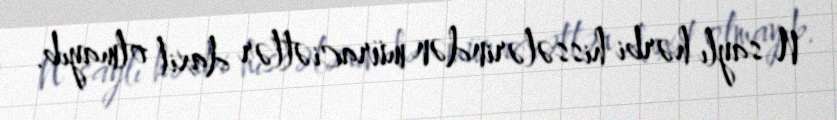
N saylı hərbi hissələrindən müraciətlər daxil olmayıb.